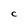
Character: C